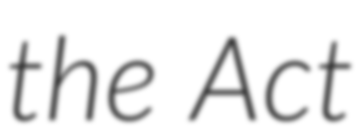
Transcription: the Act